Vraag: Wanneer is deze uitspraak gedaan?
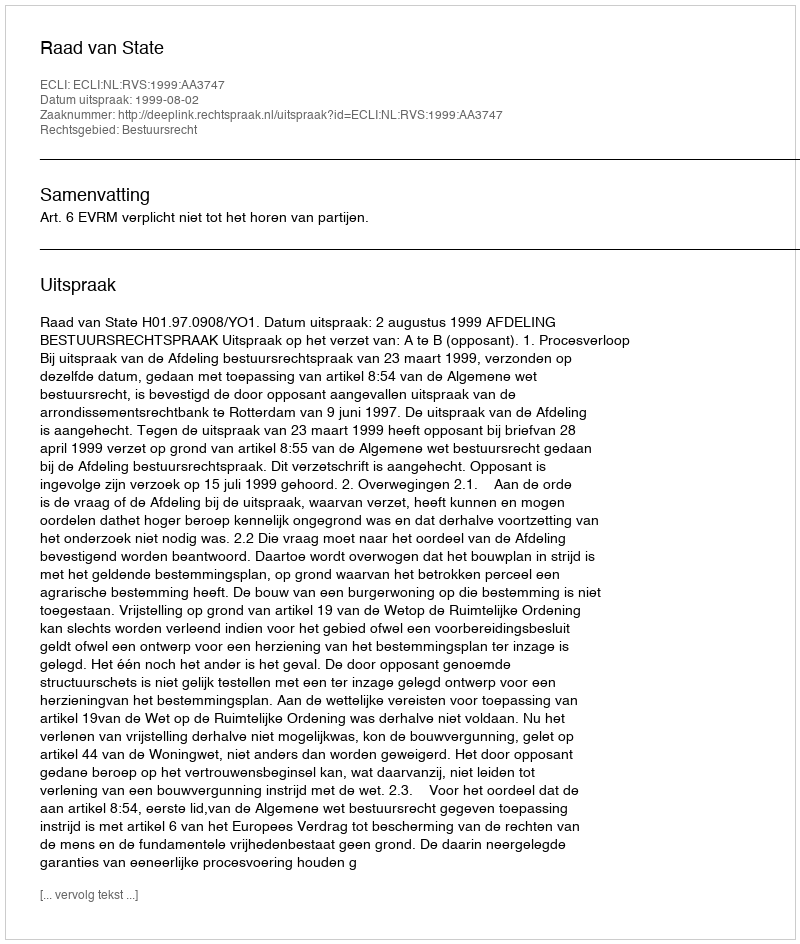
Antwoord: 1999-08-02